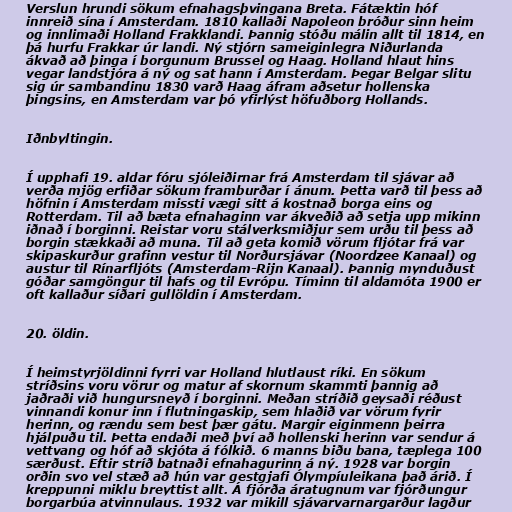
Verslun hrundi sökum efnahagsþvingana Breta. Fátæktin hóf
innreið sína í Amsterdam. 1810 kallaði Napoleon bróður sinn heim
og innlimaði Holland Frakklandi. Þannig stóðu málin allt til 1814, en
þá hurfu Frakkar úr landi. Ný stjórn sameiginlegra Niðurlanda
ákvað að þinga í borgunum Brussel og Haag. Holland hlaut hins
vegar landstjóra á ný og sat hann í Amsterdam. Þegar Belgar slitu
sig úr sambandinu 1830 varð Haag áfram aðsetur hollenska
þingsins, en Amsterdam var þó yfirlýst höfuðborg Hollands.

Iðnbyltingin.

Í upphafi 19. aldar fóru sjóleiðirnar frá Amsterdam til sjávar að
verða mjög erfiðar sökum framburðar í ánum. Þetta varð til þess að
höfnin í Amsterdam missti vægi sitt á kostnað borga eins og
Rotterdam. Til að bæta efnahaginn var ákveðið að setja upp mikinn
iðnað í borginni. Reistar voru stálverksmiðjur sem urðu til þess að
borgin stækkaði að muna. Til að geta komið vörum fljótar frá var
skipaskurður grafinn vestur til Norðursjávar (Noordzee Kanaal) og
austur til Rínarfljóts (Amsterdam-Rijn Kanaal). Þannig mynduðust
góðar samgöngur til hafs og til Evrópu. Tíminn til aldamóta 1900 er
oft kallaður síðari gullöldin í Amsterdam.

20. öldin.

Í heimstyrjöldinni fyrri var Holland hlutlaust ríki. En sökum
stríðsins voru vörur og matur af skornum skammti þannig að
jaðraði við hungursneyð í borginni. Meðan stríðið geysaði réðust
vinnandi konur inn í flutningaskip, sem hlaðið var vörum fyrir
herinn, og rændu sem best þær gátu. Margir eiginmenn þeirra
hjálpuðu til. Þetta endaði með því að hollenski herinn var sendur á
vettvang og hóf að skjóta á fólkið. 6 manns biðu bana, tæplega 100
særðust. Eftir stríð batnaði efnahagurinn á ný. 1928 var borgin
orðin svo vel stæð að hún var gestgjafi Ólympíuleikana það árið. Í
kreppunni miklu breyttist allt. Á fjórða áratugnum var fjórðungur
borgarbúa atvinnulaus. 1932 var mikill sjávarvarnargarður lagður